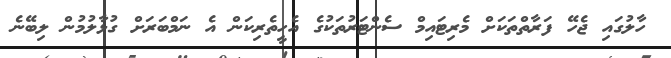
ހާލުގައި ޖެހޭ ފަރާތްތަކަށް މެރިޓައިމް ސެންޓަރުތަކުގެ އެހީތެރިކަން އެ ނަމްބަރަށް ގުޅާލުމުން ލިބޭނެ